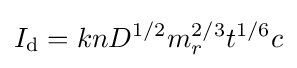
I_{\text{d}}=knD^{1/2}m_{r}^{2/3}t^{1/6}c